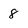
Character: 8